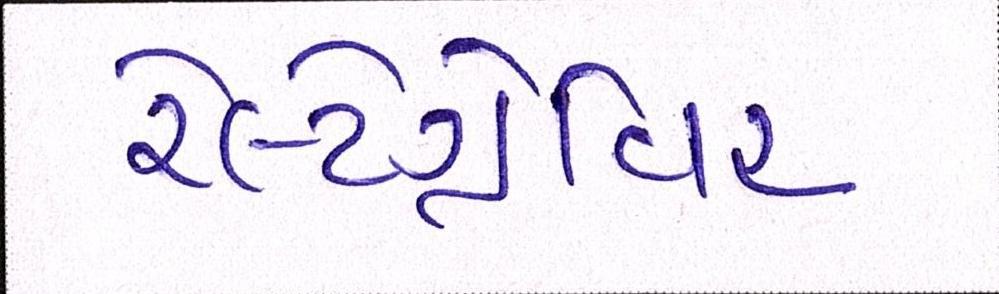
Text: રેલ્ટેગ્રેવિર